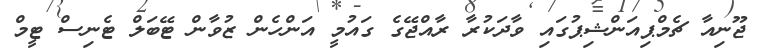
ޖޫނިއާ ޗެމްޕިއަންޝިޕުގައި ވާދަކުރާ ރާއްޖޭގެ ގައުމީ އަންހެން ޒުވާން ޓޭބަލް ޓެނިސް ޓީމް